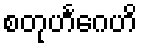
စတုဟင်္ဂေဟိ